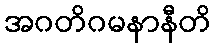
အဂတိဂမနာနီတိ